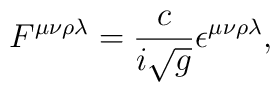
F^{\mu\nu\rho\lambda} = \frac{c}{i \sqrt{g}}\epsilon^{\mu\nu\rho\lambda},